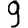
Digit: 9